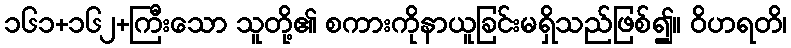
၁၆၁+၁၆၂+ကြီးသော သူတို့၏ စကားကိုနာယူခြင်းမရှိသည်ဖြစ်၍။ ဝိဟရတိ၊